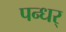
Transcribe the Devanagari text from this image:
पन्धर्